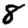
Digit: 8